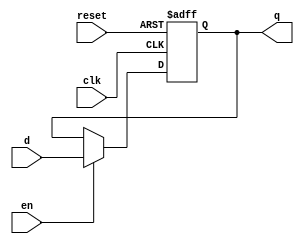
`timescale 1ns/1ns
module flopenr #(parameter WIDTH = 8)
   (input                  clk, reset,
    input                  en,
    input      [WIDTH-1:0] d, 
    output reg [WIDTH-1:0] q);
   
   always @(posedge clk, posedge reset)
     if      (reset) q <= 0;
     else if (en)    q <= d;

endmodule // flopenr